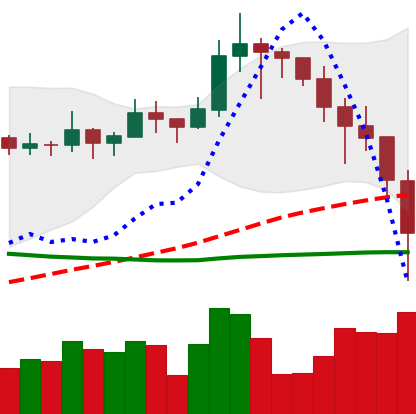
Ticker: LINK-USD
Chart end date: 2019-11-22
Forward return: -5.217%
Label: down_5_7